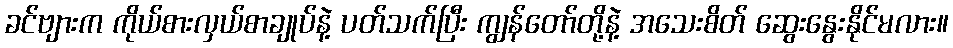
ခင်ဗျားက ကိုယ်စားလှယ်စာချုပ်နဲ့ ပတ်သက်ပြီး ကျွန်တော်တို့နဲ့ အသေးစိတ် ဆွေးနွေးနိုင်မလား။